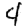
Digit: 4